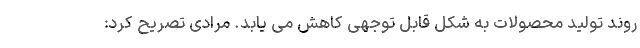
روند تولید محصولات به شکل قابل توجهی کاهش می یابد. مرادی تصریح کرد: